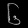
Digit: ၆